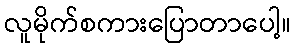
လူမိုက်စကားပြောတာပေါ့။